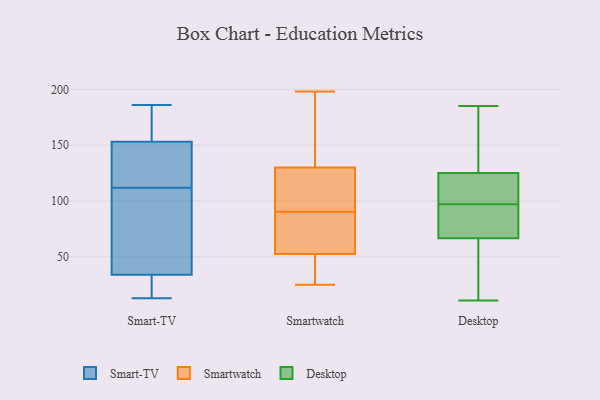
{"axis": {"x": "Gross Profit (USD K)", "y": "Value"}, "legend": ["Desktop", "Smart-TV", "Smartwatch"], "data": [{"x": "", "y": 13, "type": "Smart-TV"}, {"x": "", "y": 104, "type": "Smart-TV"}, {"x": "", "y": 34, "type": "Smart-TV"}, {"x": "", "y": 133, "type": "Smart-TV"}, {"x": "", "y": 37, "type": "Smart-TV"}, {"x": "", "y": 163, "type": "Smart-TV"}, {"x": "", "y": 153, "type": "Smart-TV"}, {"x": "", "y": 96, "type": "Smart-TV"}, {"x": "", "y": 25, "type": "Smart-TV"}, {"x": "", "y": 186, "type": "Smart-TV"}, {"x": "", "y": 141, "type": "Smart-TV"}, {"x": "", "y": 175, "type": "Smart-TV"}, {"x": "", "y": 16, "type": "Smart-TV"}, {"x": "", "y": 120, "type": "Smart-TV"}, {"x": "", "y": 128, "type": "Smartwatch"}, {"x": "", "y": 132, "type": "Smartwatch"}, {"x": "", "y": 42, "type": "Smartwatch"}, {"x": "", "y": 198, "type": "Smartwatch"}, {"x": "", "y": 192, "type": "Smartwatch"}, {"x": "", "y": 71, "type": "Smartwatch"}, {"x": "", "y": 25, "type": "Smartwatch"}, {"x": "", "y": 100, "type": "Smartwatch"}, {"x": "", "y": 127, "type": "Smartwatch"}, {"x": "", "y": 81, "type": "Smartwatch"}, {"x": "", "y": 62, "type": "Smartwatch"}, {"x": "", "y": 43, "type": "Smartwatch"}, {"x": "", "y": 71, "type": "Desktop"}, {"x": "", "y": 117, "type": "Desktop"}, {"x": "", "y": 88, "type": "Desktop"}, {"x": "", "y": 114, "type": "Desktop"}, {"x": "", "y": 167, "type": "Desktop"}, {"x": "", "y": 149, "type": "Desktop"}, {"x": "", "y": 106, "type": "Desktop"}, {"x": "", "y": 177, "type": "Desktop"}, {"x": "", "y": 11, "type": "Desktop"}, {"x": "", "y": 97, "type": "Desktop"}, {"x": "", "y": 44, "type": "Desktop"}, {"x": "", "y": 106, "type": "Desktop"}, {"x": "", "y": 87, "type": "Desktop"}, {"x": "", "y": 54, "type": "Desktop"}, {"x": "", "y": 185, "type": "Desktop"}, {"x": "", "y": 83, "type": "Desktop"}, {"x": "", "y": 22, "type": "Desktop"}]}